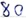
Text: 80